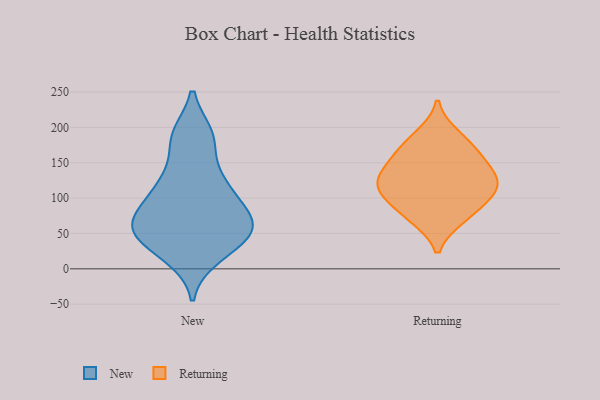
{"axis": {"x": "Demand Index", "y": "Value"}, "legend": ["New", "Returning"], "data": [{"x": "", "y": 189, "type": "New"}, {"x": "", "y": 54, "type": "New"}, {"x": "", "y": 61, "type": "New"}, {"x": "", "y": 67, "type": "New"}, {"x": "", "y": 23, "type": "New"}, {"x": "", "y": 124, "type": "New"}, {"x": "", "y": 88, "type": "New"}, {"x": "", "y": 110, "type": "New"}, {"x": "", "y": 61, "type": "New"}, {"x": "", "y": 185, "type": "New"}, {"x": "", "y": 109, "type": "New"}, {"x": "", "y": 187, "type": "New"}, {"x": "", "y": 133, "type": "New"}, {"x": "", "y": 61, "type": "New"}, {"x": "", "y": 73, "type": "New"}, {"x": "", "y": 41, "type": "New"}, {"x": "", "y": 17, "type": "New"}, {"x": "", "y": 43, "type": "New"}, {"x": "", "y": 160, "type": "Returning"}, {"x": "", "y": 108, "type": "Returning"}, {"x": "", "y": 114, "type": "Returning"}, {"x": "", "y": 189, "type": "Returning"}, {"x": "", "y": 72, "type": "Returning"}, {"x": "", "y": 143, "type": "Returning"}, {"x": "", "y": 171, "type": "Returning"}, {"x": "", "y": 104, "type": "Returning"}, {"x": "", "y": 124, "type": "Returning"}, {"x": "", "y": 132, "type": "Returning"}, {"x": "", "y": 76, "type": "Returning"}]}